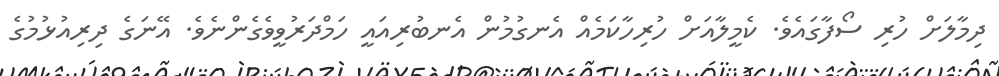
ދިމާލަށް ހުރި ސޯފާގައެވެ. ކެމީލާއަށް ހުރިހާކަމެއް އެނގުމުން އެނބުރިއައީ ހަމްދަރުވީވެގެންނެވެ. އޭނަގެ ދިރިއުޅުމުގެ